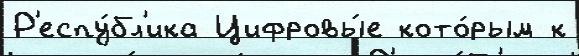
Р'еспу́бл'ика Цифровы́е кото́рым к